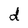
Character: d